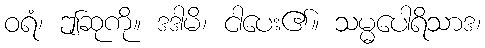
ဝရံ၊ ဤဆုကို။ ဒဒါမိ၊ ငါပေး၏။ သမ္မပေါရိသာဒ၊